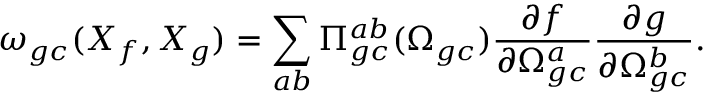
\omega _ { g c } ( X _ { f } , X _ { g } ) = \sum _ { a b } \Pi _ { g c } ^ { a b } ( \Omega _ { g c } ) \frac { \partial f } { \partial \Omega _ { g c } ^ { a } } \frac { \partial g } { \partial \Omega _ { g c } ^ { b } } .